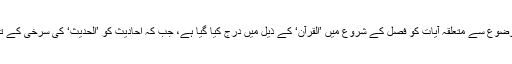
اس کے ساتھ ساتھ نفسِ موضوع سے متعلقہ آیات کو فصل کے شروع میں ’القرآن‘ کے ذیل میں درج کیا گیا ہے، جب کہ احادیث کو ’الحدیث‘ کی سرخی کے تحت الگ درج کیا گیا ہے۔